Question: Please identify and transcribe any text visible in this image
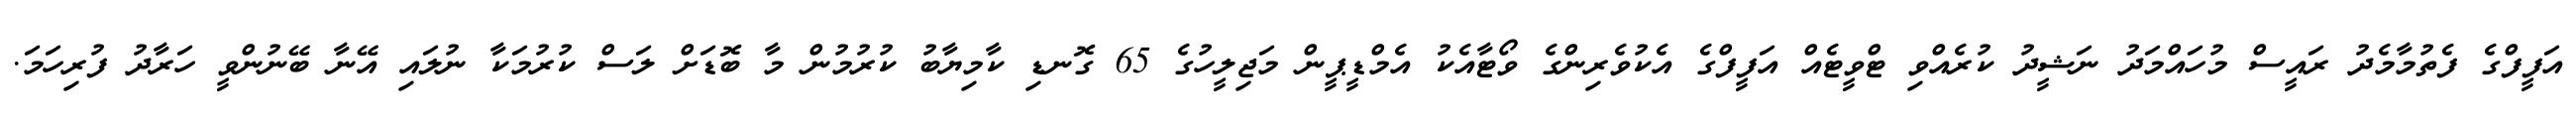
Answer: އަފީފްގެ ފެތުމާމެދު ރައީސް މުހައްމަދު ނަޝީދު ކުރެއްވި ޓްވީޓެއް އަފީފްގެ އެކުވެރިންގެ ވޯޓާއެކު އެމްޑީޕީން މަޖިލީހުގެ 65 ގޮނޑި ކާމިޔާބު ކުރުމުން މާ ބޮޑަށް ލަސް ކުރުމަކާ ނުލައި އޭނާ ބޭނުންވީ ހަރާދު ފުރިހަމަ.